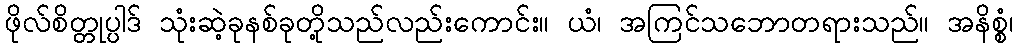
ဖိုလ်စိတ္တုပ္ပါဒ် သုံးဆဲ့ခုနစ်ခုတို့သည်လည်းကောင်း။ ယံ၊ အကြင်သဘောတရားသည်။ အနိစ္စံ၊